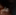
علي